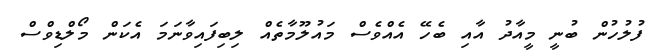
ފުލުހުން ބުނީ މީއާދު އާއި ބެހޭ އެއްވެސް މައުލޫމާތެއް ލިބިފައިވާނަމަ އެކަން މޯލްޑިވްސް